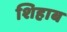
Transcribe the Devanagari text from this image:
शिहाब